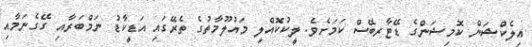
އިލެކްޝަން ކޮމިޝަންގެ ޑޭޓާރބޭސް ކަމަށެވެ. ލީކުކޮއްލި މައުލޫމާތުގެ ތެރޭގައި އަޑީކާޑު ނަމްބަރާއި ގޭގެނަމާއި